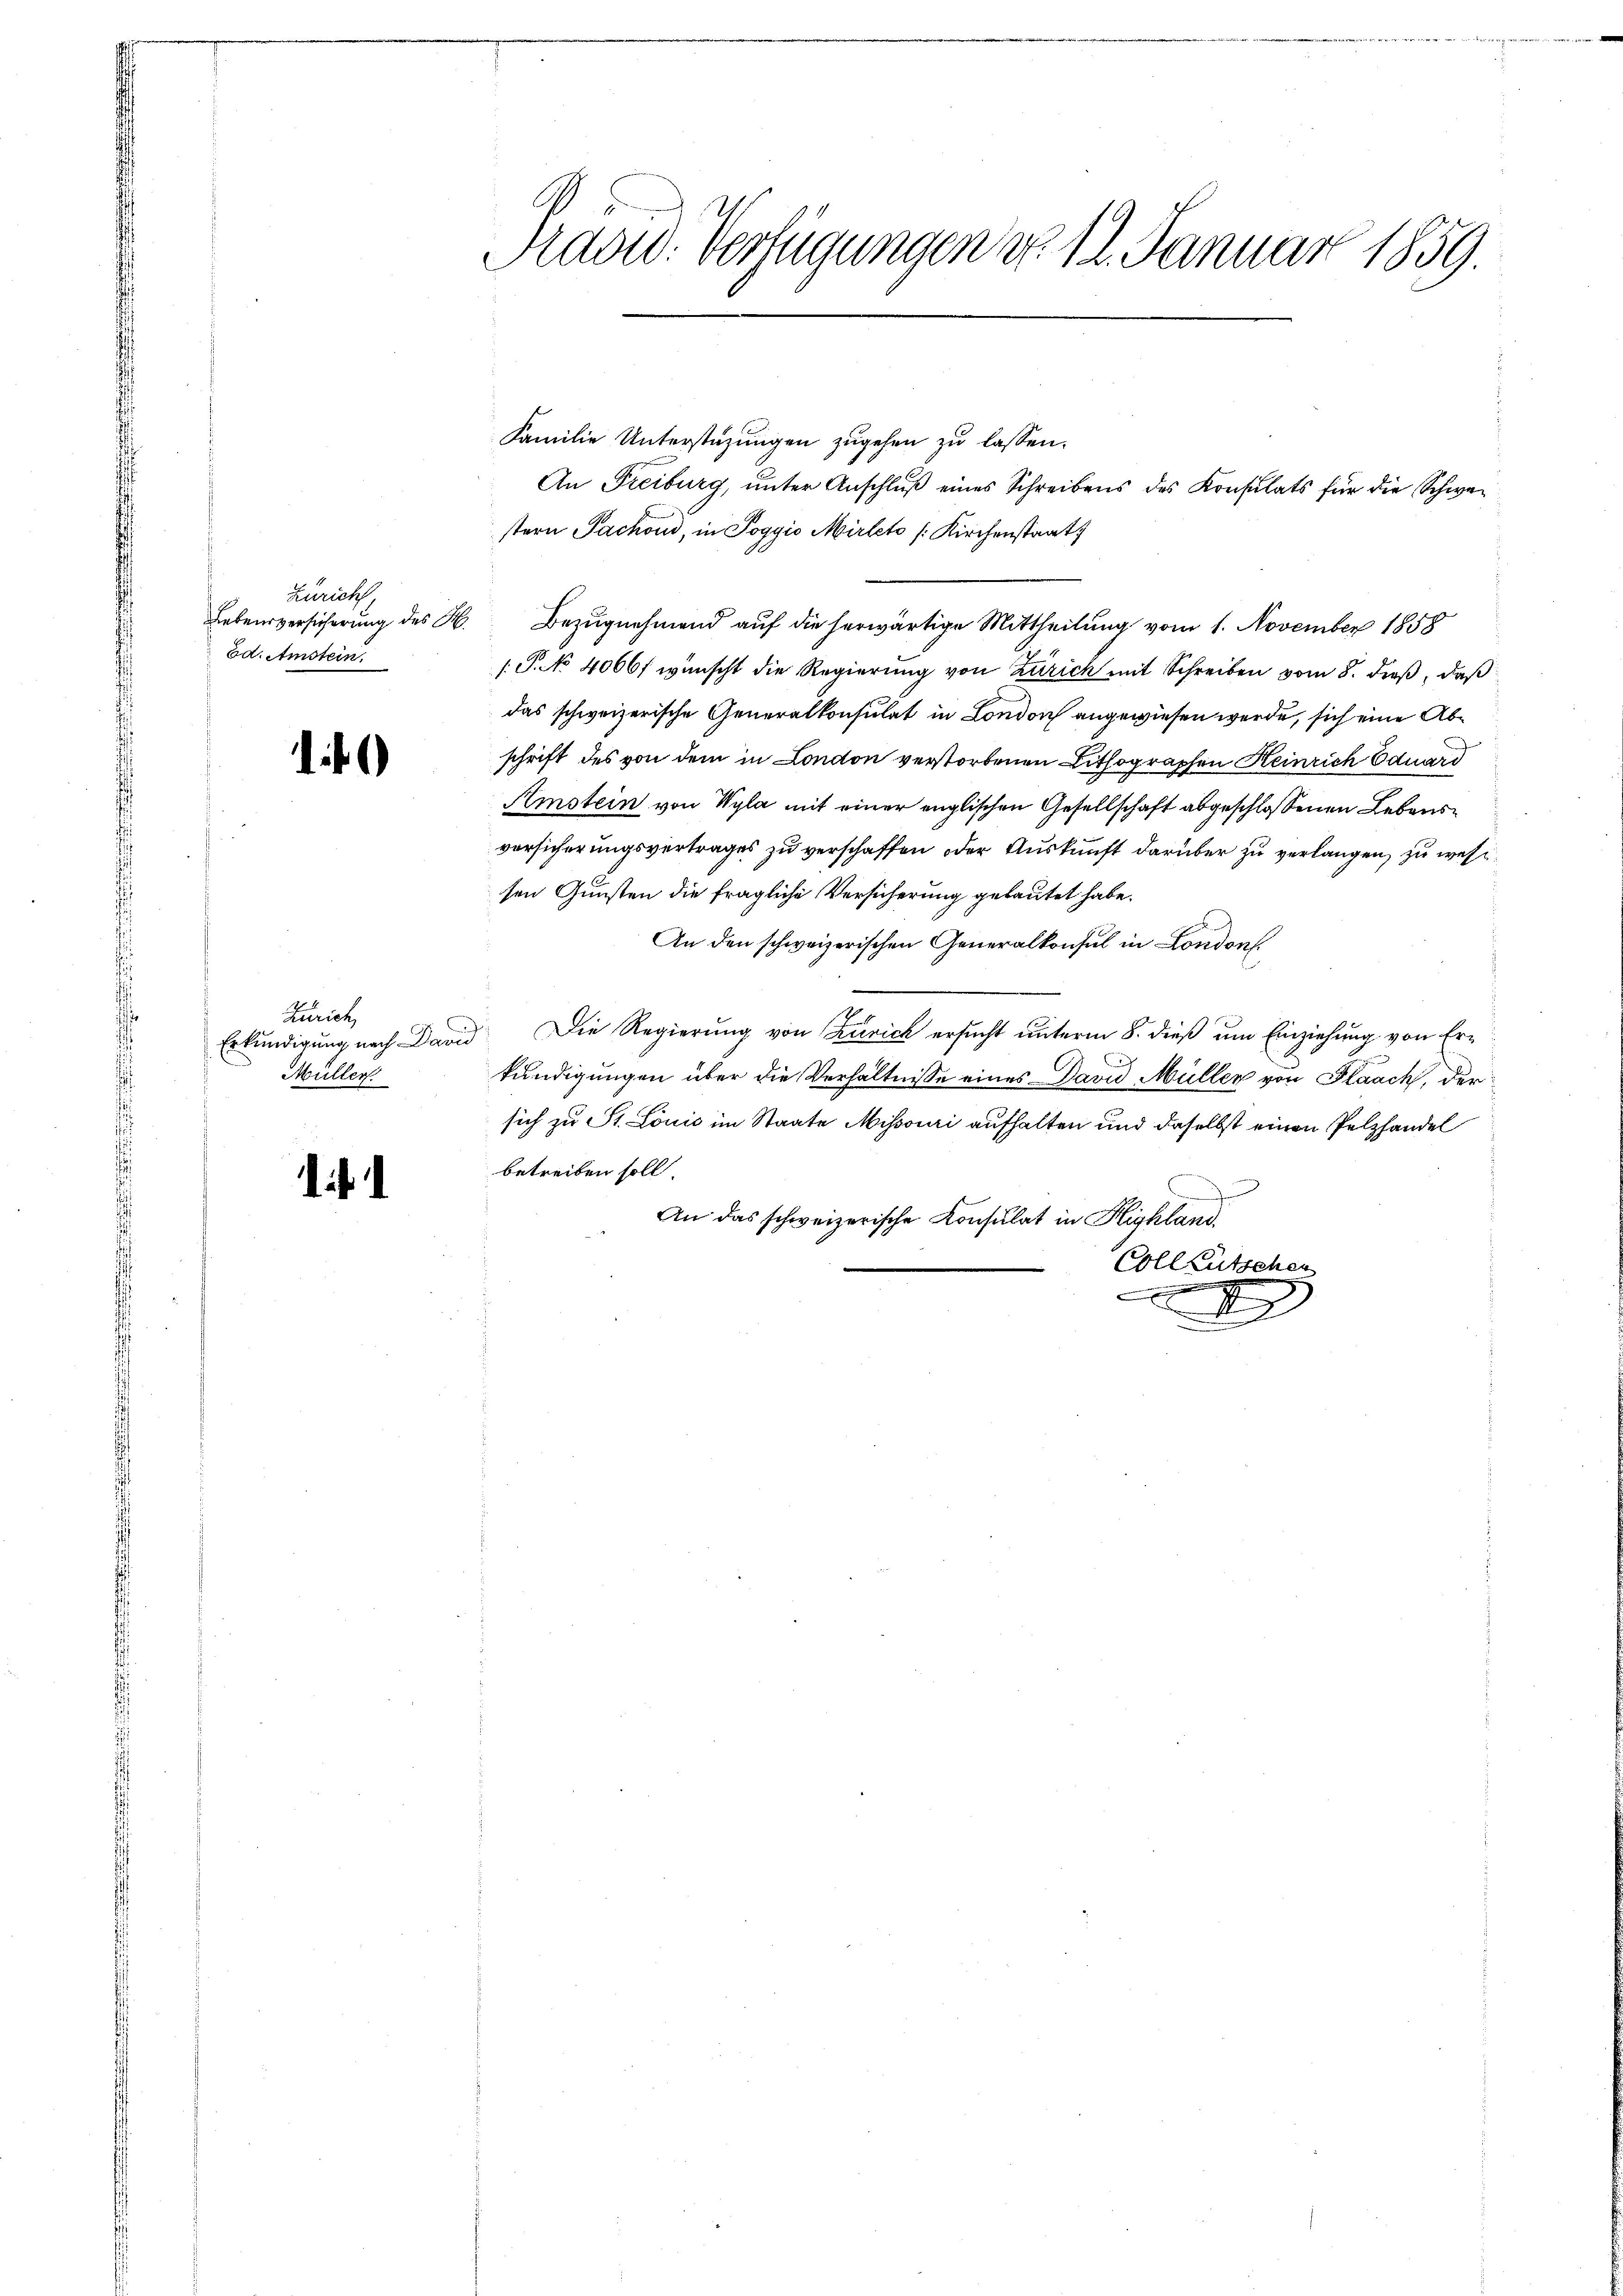
Zürich
Ed. Amstein.

if

Zürich,
Erkundigung nach Davi
Müller.

i

Prasid. Verfügungen do. 12. Januar 1859.

Familie Unterstüzungen zugehen zu lassen.
An Freiburg, unter Anschluß eines Schreibens des Konsulats für die Schwer
stern Sachend, in Poggio Mirlet /: Kirchenstaat
Lebensversicherung des H. Bezugnahmend auf die herwärtige Mittheilung vom 1. November 1858
(S.No 4066f wünscht die Regierung von Zürich mit Schreiben vom 8. dieß, daß
das schweizerische Generalkonsulat in London angewiesen werde, sich eine Abschrift des von dem in London verstorbenen Lithographen Heinrich Eduard
Amstein von Wyla mit einer englischen Gesellschaft abgeschlossenen Lebensvorsicherungsvertrages zu verschaffen oder Auskunft darüber zu verlangen, zu wehrsen Gunsten die fragliche Versicherung gebautet habe.
An den schweizerischen Generalkonsul in London
 Die Regierung von Zürich ersucht unterm 8. dieß um Einziehung von Erkundigungen über die Verhältnisse eines David Müller von Flaach, der
sich zu St. Louis im Staate Missouri aufhalten und daselbst einen Pelzhandel
betreiben soll.
An das schweizerische Konsulat in Highland.
Colleutschen
g
E